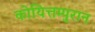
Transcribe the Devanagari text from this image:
कोयित्तम्पुरान